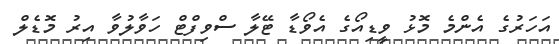
އަހަރުގެ އެންމެ މޮޅު ވީޑިއޯގެ އެވޯޑާ ޓޭލާ ސްވިފްޓް ހަވާލުވާ އިރު މޮޑެލް